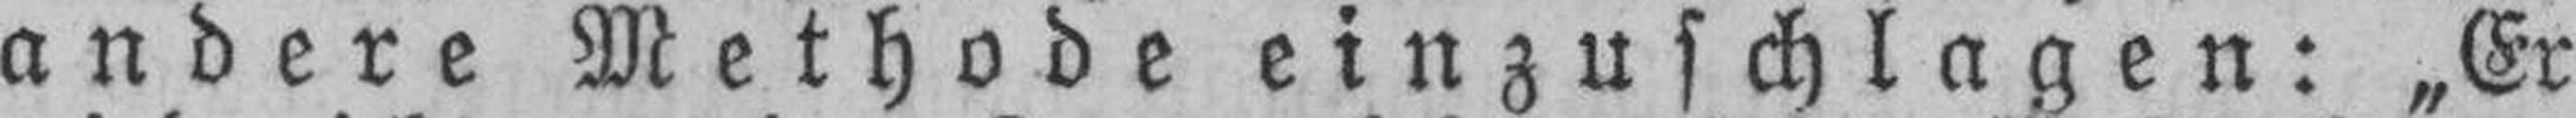
andere Methode einzuschlagen: „Er